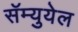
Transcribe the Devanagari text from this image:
सॅम्युयेल